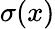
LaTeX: \sigma(x)